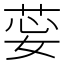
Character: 𦯽